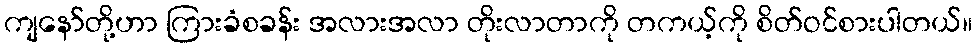
ကျနော်တို့ဟာ ကြားခံစခန်း အလားအလာ တိုးလာတာကို တကယ့်ကို စိတ်ဝင်စားပါတယ်။